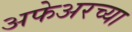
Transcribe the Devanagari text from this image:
अफेअरच्या